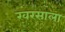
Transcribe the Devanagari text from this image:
खरसाला